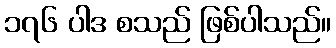
၁၇၆ ပါဒ စသည် ဖြစ်ပါသည်။